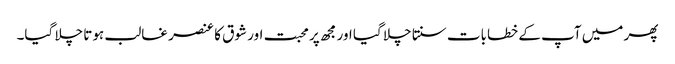
پھر میں آپ کے خطابات سنتا چلا گیا اور مجھ پر محبت اور شوق کا عنصر غالب ہوتا چلا گیا۔